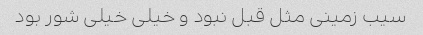
سیب زمینی مثل قبل نبود و خیلی خیلی شور بود